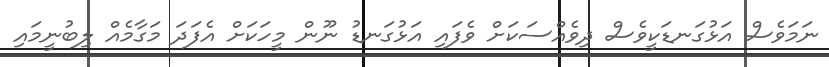
ނަމަވެސް އަޅުގަނޑަކީވެސް ދިވެއްސަކަށް ވެފައި އަޅުގަނޑު ނޫން މީހަކަށް އެފަދަ މަގާމެއް ލިބުނީމައި